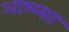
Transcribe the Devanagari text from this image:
आश्म्सा